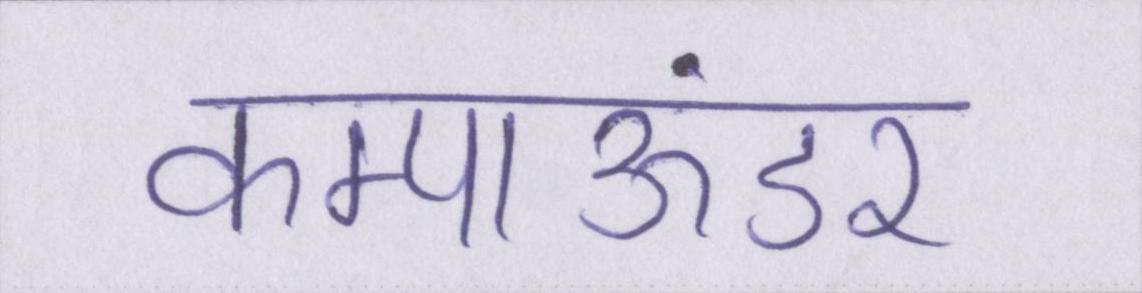
कम्पाऊंडर